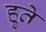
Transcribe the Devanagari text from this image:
हुते